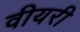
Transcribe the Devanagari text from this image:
वीयरी